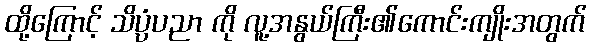
ထို့ကြောင့် သိပ္ပံပညာ ကို လူ့အနွယ်ကြီး၏ကောင်းကျိုးအတွက်